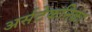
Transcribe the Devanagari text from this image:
अर्सटेकनिका